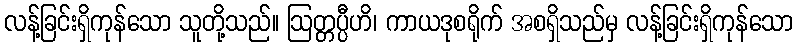
လန့်ခြင်းရှိကုန်သော သူတို့သည်။ ဩတ္တပ္ပီဟိ၊ ကာယဒုစရိုက် အစရှိသည်မှ လန့်ခြင်းရှိကုန်သော